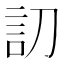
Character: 𰴩